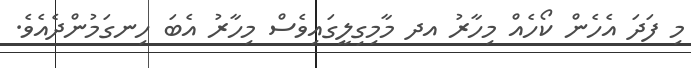
މި ފަދަ އެހެން ކޯހެއް މިހާރު އދ މާމިގިލީގައިވެސް މިހާރު އެބަ ހިނގަމުންދެއެވެ.